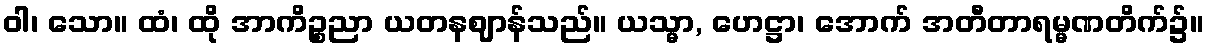
ဝါ၊ သော။ ထံ၊ ထို အာကိဉ္စညာ ယတနဈာန်သည်။ ယသ္မာ, ဟေဋ္ဌာ၊ အောက် အတီတာရမ္မဏတိက်၌။